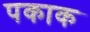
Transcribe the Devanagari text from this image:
पकाक